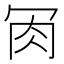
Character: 𦘫